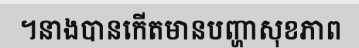
។នាងបានកើតមានបញ្ហាសុខភាព